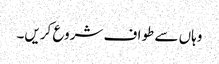
وہاں سے طواف شروع کریں۔